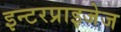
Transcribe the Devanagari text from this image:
इन्टरप्राइजेज